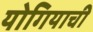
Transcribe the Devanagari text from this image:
योगियाची